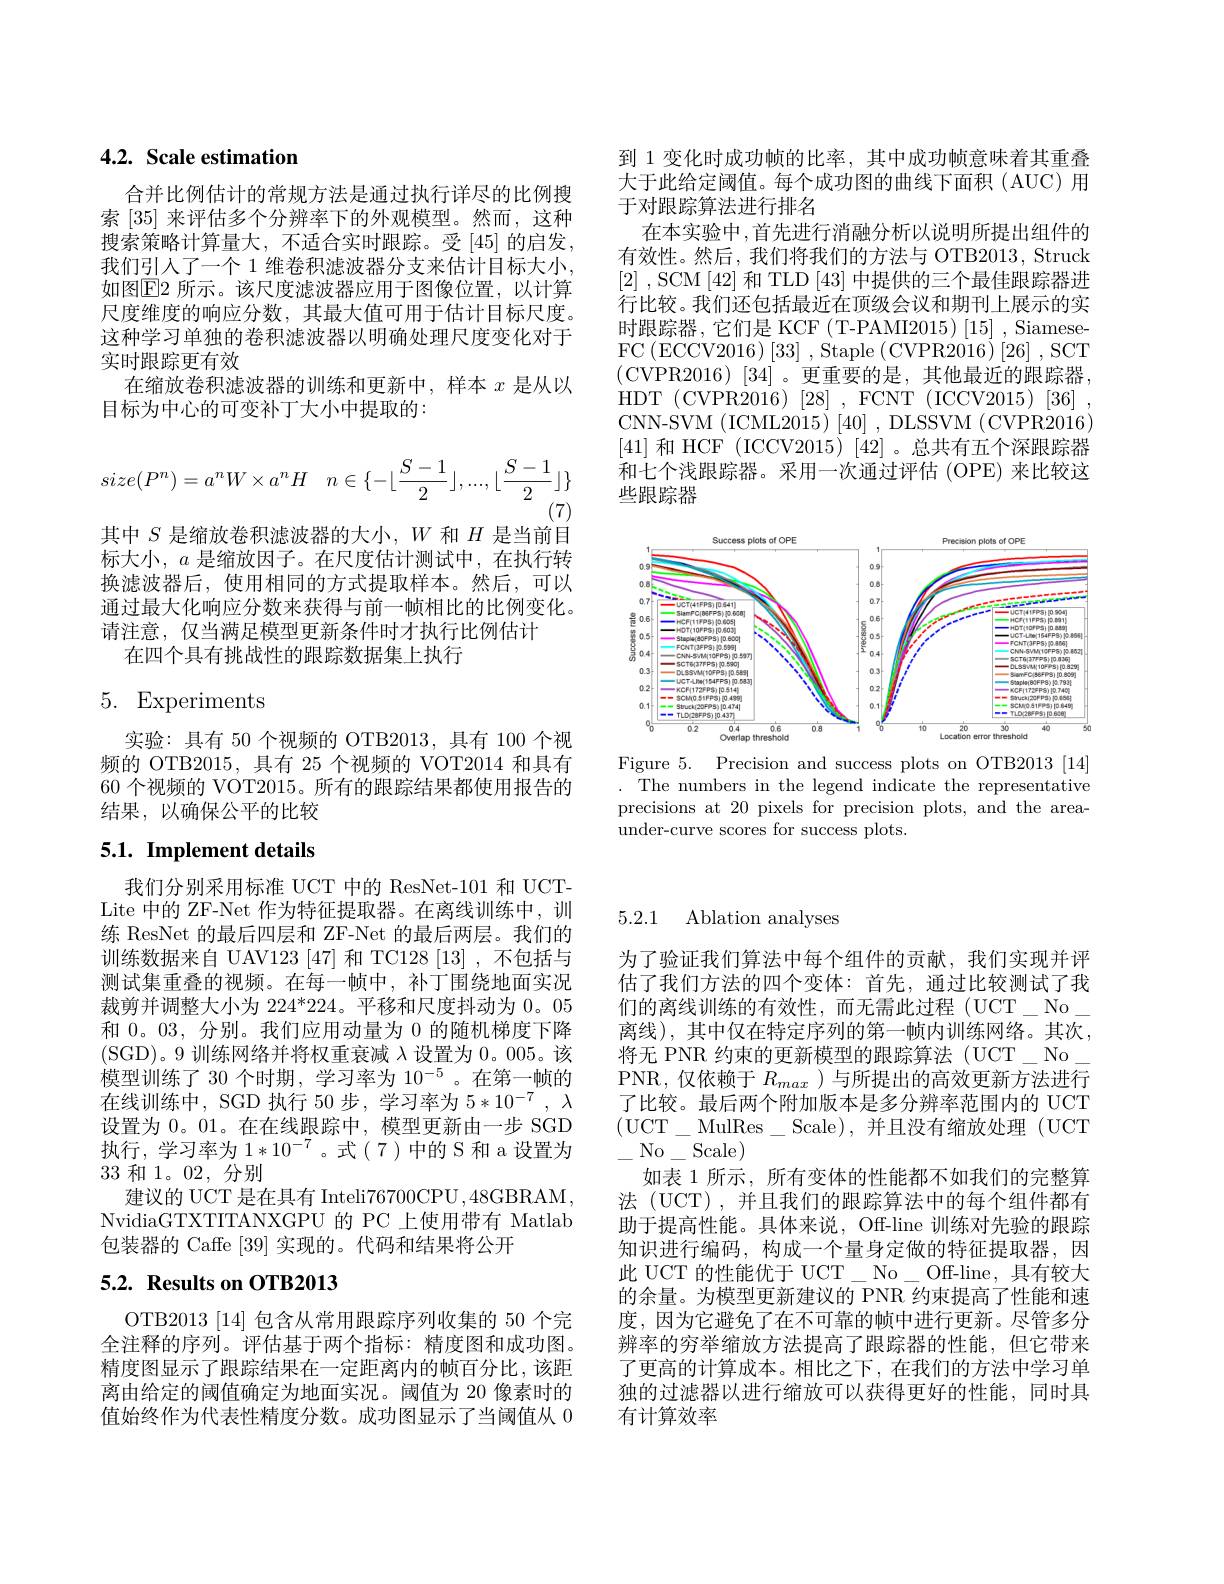
## 4.2. Scale estimation

合并比例估计的常规方法是通过执行详尽的比例搜索[35]来评估多个分辨率下的外观模型。然而，这种搜索策略计算量大，不适合实时跟踪。受[45] 的启发， 我们引人了一个 1 维卷积滤波器分支来估计目标大小， 如图$\operatorname{E2}$ 所示。该尺度滤波器应用于图像位置，以计算尺度维度的响应分数，其最大值可用于估计目标尺度。这种学习单独的卷积滤波器以明确处理尺度变化对于实时跟踪更有效
在缩放卷积滤波器的训练和更新中，样本$x$是从以
目标为中心的可变补丁大小中提取的：
$$size(P^n)=a^nW\times a^nH\quad n\in\{-\lfloor\frac{S-1}{2}\rfloor,...,\lfloor\frac{S-1}{2}\rfloor\}$$
(7)
其中$S$是缩放卷积滤波器的大小，$W$和$H$是当前目标大小，$a$是缩放因子。在尺度估计测试中，在执行转换滤波器后，使用相同的方式提取样本。然后，可以通过最大化响应分数来获得与前一帧相比的比例变化。请注意，仅当满足模型更新条件时才执行比例估计
在四个具有挑战性的跟踪数据集上执行

# 5. Experiments

实验：具有 50 个视频的 OTB2013, 具有 100 个视频的 OTB2015, 具有 25 个视频的 VOT2014 和具有60 个视频的 VOT2015。所有的跟踪结果都使用报告的结果，以确保公平的比较

# 5.1. Implement details

我们分别采用标准 UCT 中的 ResNet-101 和 UCTLite 中的 ZF-Net 作为特征提取器。在离线训练中，训练 ResNet 的最后四层和 ZF-Net 的最后两层。我们的训练数据来自 UAV123 [47] 和 TC128 [13] ,不包括与测试集重叠的视频。在每一帧中，补丁围绕地面实况裁剪并调整大小为 224*224。平移和尺度抖动为0。05和0。03,分别。我们应用动量为 0 的随机梯度下降(SGD)。9 训练网络并将权重衰减$\lambda$设置为0。005。该模型训练了 30 个时期，学习率为 10$^{-5}$。在第一帧的在线训练中，SGD 执行 50 步，学习率为$5*10^{-7},\lambda$ 设置为0。01。在在线跟踪中，模型更新由一步 SGD 执行，学习率为$1*10^{-7}$。式(7)中的S 和 a 设置为33和 1。02, 分别
建议的 UCT 是在具有 Inteli76700CPU ,48GBRAM , NvidiaGTXTITANXGPU 的 PC 上使用带有 Matlab 包装器的 Caffe [39]实现的。代码和结果将公开

## 5.2. Results on OTB2013

OTB2013[14]包含从常用跟踪序列收集的 50 个完全注释的序列。评估基于两个指标：精度图和成功图。精度图显示了跟踪结果在一定距离内的帧百分比，该距离由给定的阈值确定为地面实况。阈值为 20 像素时的值始终作为代表性精度分数。成功图显示了当阈值从 0

到 1 变化时成功帧的比率，其中成功帧意味着其重叠大于此给定阈值。每个成功图的曲线下面积(AUC)用于对跟踪算法进行排名
在本实验中，首先进行消融分析以说明所提出组件的有效性。然后，我们将我们的方法与 OTB2013, Struck [2] , SCM [42] 和 TLD [43] 中提供的三个最佳跟踪器进行比较。我们还包括最近在顶级会议和期刊上展示的实时跟踪器，它们是 KCF(T-PAMI2015)[15], Siamese- (CVPR2016)[34]。更重要的是，其他最近的跟踪器， HDT (CVPR2016) [28] , FCNT (ICCV2015) [36] , CNN-SVM (ICML2015) [40] , DLSSVM (CVPR2016) [41]和 HCF (ICCV2015)[42]。总共有五个深跟踪器和七个浅跟踪器。采用一次通过评估 (OPE) 来比较这些跟踪器

<FigureHere>

Figure 5. Precision and success plots on OTB2013 [14] .The numbers in the legend indicate the representative precisions at 20 pixels for precision plots, and the areaunder-curve scores for success plots.

5.2.1 Ablation analyses

为了验证我们算法中每个组件的贡献，我们实现并评估了我们方法的四个变体：首先，通过比较测试了我们的离线训练的有效性，而无需此过程(UCT_-No_ 离线),其中仅在特定序列的第一帧内训练网络。其次， 将无 PNR 约束的更新模型的跟踪算法 (UCT\_No PNR,仅依赖于$R_{max}$ )与所提出的高效更新方法进行了比较。最后两个附加版本是多分辨率范围内的 UCT (UCT\_MulRes\_Scale),并且没有缩放处理(UCT) $\underline{\mathrm{No}_{-}}$Scale)
如表 1 所示，所有变体的性能都不如我们的完整算法 (UCT),并且我们的跟踪算法中的每个组件都有助于提高性能。具体来说，Off-line 训练对先验的跟踪知识进行编码，构成一个量身定做的特征提取器，因此 UCT 的性能优于 UCT\_ No\_ Off-line, 具有较大的余量。为模型更新建议的 PNR 约束提高了性能和速度，因为它避免了在不可靠的帧中进行更新。尽管多分辨率的穷举缩放方法提高了跟踪器的性能，但它带来了更高的计算成本。相比之下，在我们的方法中学习单独的过滤器以进行缩放可以获得更好的性能，同时具有计算效率